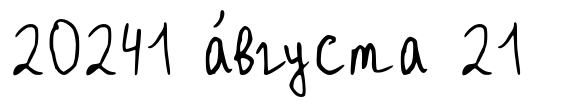
20241 а́вгуста 21